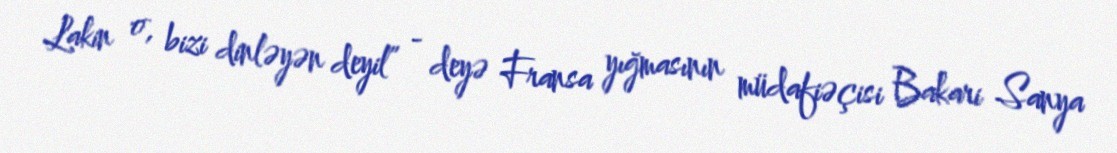
Lakin o, bizi dinləyən deyil” - deyə Fransa yığmasının müdafiəçisi Bakari Sanya